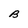
Character: B